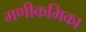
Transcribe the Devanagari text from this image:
मणीकमिका